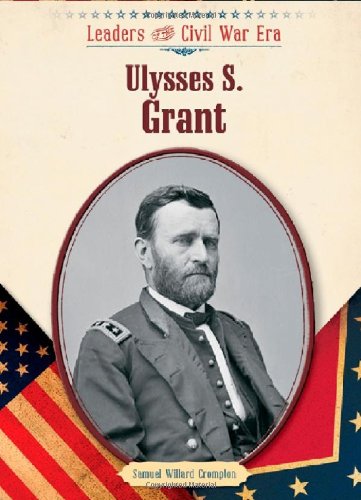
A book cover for Ulysses S. Grant (Leaders of the Civil War Era); Samuel Willard Crompton; Teen & Young Adult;